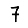
Digit: 7